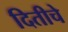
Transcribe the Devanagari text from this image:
दितीचे